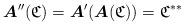
LaTeX: \begin{align*}\boldsymbol{A}''(\mathfrak{C})=\boldsymbol{A}'(\boldsymbol{A}(\mathfrak{C}))=\mathfrak{C}^{**}\end{align*}